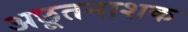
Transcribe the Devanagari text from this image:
अछूतनाशक